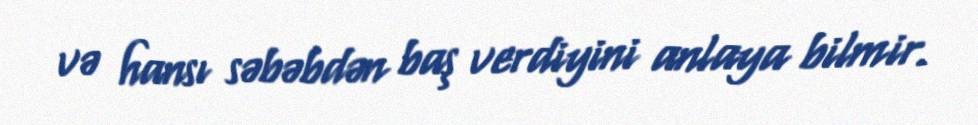
və hansı səbəbdən baş verdiyini anlaya bilmir.